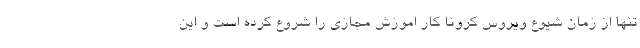
تنها از زمان شیوع ویروس کرونا کار اموزش مجازی را شروع کرده است و این